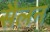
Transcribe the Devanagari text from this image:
सैलन